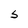
Character: S